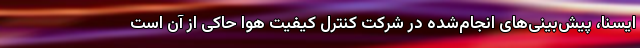
ایسنا، پیش‌بینی‌های انجام‌شده در شرکت کنترل کیفیت هوا حاکی از آن است